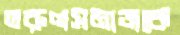
তরুণসমাজকে